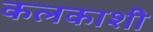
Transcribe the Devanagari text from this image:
कलकाशी